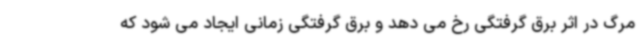
مرگ در اثر برق گرفتگی رخ می دهد و برق گرفتگی زمانی ایجاد می شود که